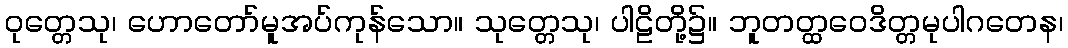
ဝုတ္တေသု၊ ဟောတော်မူအပ်ကုန်သော။ သုတ္တေသု၊ ပါဠိတို့၌။ ဘူတတ္ထဝေဒိတ္တမုပါဂတေန၊